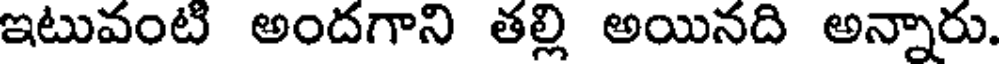
ఇటువంటి అందగాని తల్లి అయినది అన్నారు.